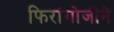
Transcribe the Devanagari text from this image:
फिरांगोजीने